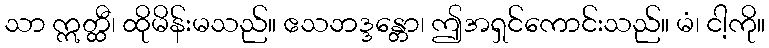
သာ ဣတ္ထီ၊ ထိုမိန်းမသည်။ ဧသဘဒ္ဒန္တော၊ ဤအရှင်ကောင်းသည်။ မံ၊ ငါ့ကို။